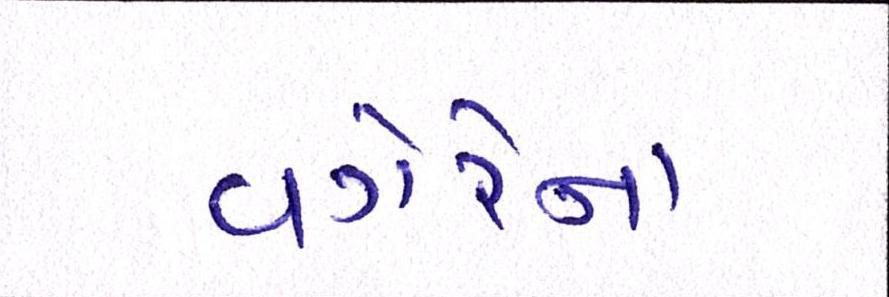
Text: વગેરેના